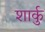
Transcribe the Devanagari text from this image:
शार्कु